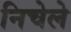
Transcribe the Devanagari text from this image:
निचेले